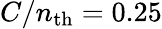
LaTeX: C/n_{\mathrm{th}}=0.25